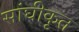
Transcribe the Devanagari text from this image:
सांघीकृत